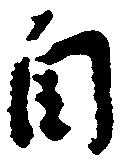
自